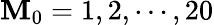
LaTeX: \mathbf{M}_{0}=1,2,\cdots,20